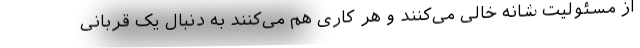
از مسئولیت شانه خالی می‌کنند و هر کاری هم می‌کنند به دنبال یک قربانی